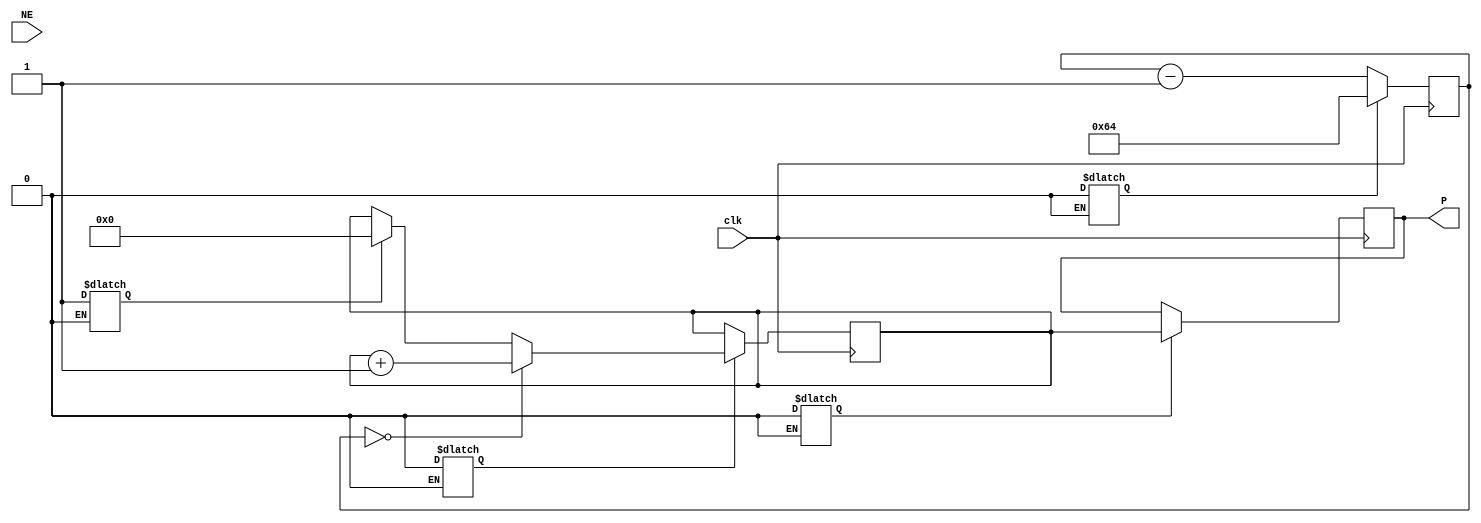
`timescale 1ns / 1ps

module Period_Meter(clk,NE,P);
    input clk,NE;
    output reg [9:0] P;
    reg [7:0] n_count;
    reg [9:0] pc_count;
    reg C0,C1,C2,C3;
    wire Z;
    reg [1:0] state_next,state_reg;
    localparam [1:0] S0 = 2'b00, S1 = 2'b01, S2 = 2'b10, S3 = 2'b11;
    initial state_reg = S0;
    
    //n-bit Down Counter
    always@(posedge clk)
    begin
        if(C1)
            n_count <= 100;
        else
            n_count <= n_count - 1;
    end
    
    assign Z = (n_count == 0);
    
    //PC up counter
    always@(posedge clk)
    begin
        if(C2)
            begin
                if(Z)
                    pc_count <= pc_count + 1;
                else if(C0)
                    pc_count <= 0;
            end
    end
    
    //P Register
    always@(posedge clk)
    begin
        if(C3)
            P <= pc_count;
    end
    
    //FSM
    always@(posedge clk)
        state_next <= state_reg;
        
    always@*
    begin
        state_next = state_reg;
        case(state_reg)
        
            S0:
            begin
                C3 = 0; C2 = 0; C1 = 0; C0 = 1;
                state_next = S1;
            end
            
            S1:
            begin
                if(NE)
                begin
                    C3 = 0; C2 = 1; C1 = 1; C0 = 0;
                    state_next = S2;
                end
                else
                begin
                    C3 = 0; C2 = 0; C1 = 0; C0 = 0;
                    state_next = S1;
                end
            end
            
            S2:
            begin
                if(Z == 0)
                begin
                    if(NE)
                    begin
                    C3 = 0; C2 = 1; C1 = 1; C0 = 0;
                    state_next = S2;
                    end  
                else
                begin
                    C3 = 0; C2 = 1; C1 = 0; C0 = 0;
                    state_next = S2;
                end
                end
                if(NE)
                begin
                    C3 = 1; C2 = 0; C1 = 0; C0 = 0;
                    state_next = S3;
                end
            end
            
            S3:
            begin
                C3 = 0; C2 = 0; C1 = 0; C0 = 0;
                state_next = S0;
            end
            default:
            begin
                C3 = 0; C2 = 0; C1 = 0; C0 = 0;
                state_next = S0;
            end
        endcase
    end
    
endmodule